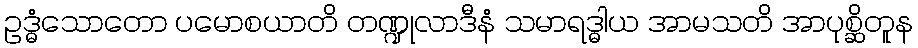
ဥဒ္ဓံသောတော ပမောစယာတိ တဏ္ဍုလာဒီနံ သမာရဒ္ဓါယ အာမသတိ အာပုစ္ဆိတူန